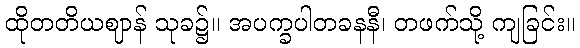
ထိုတတိယဈာန် သုခ၌။ အပက္ခပါတခနနီ၊ တဖက်သို့ ကျခြင်း။